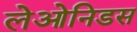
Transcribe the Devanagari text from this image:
लेओनिडस